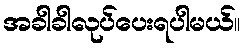
အခါခါလုပ်ပေးရပါမယ်။